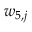
w _ { 5 , j }